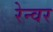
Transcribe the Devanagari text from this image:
रेन्वर